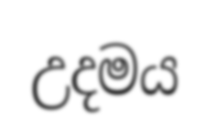
උදමය